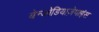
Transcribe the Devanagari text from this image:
बेन्जोडियाज़ेपाइंस